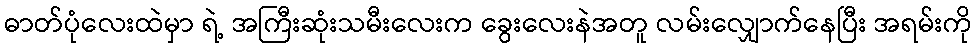
ဓာတ်ပုံလေးထဲမှာ ရဲ့ အကြီးဆုံးသမီးလေးက ခွေးလေးနဲအတူ လမ်းလျှောက်နေပြီး အရမ်းကို